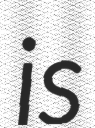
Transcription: is